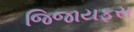
જિજાયફસ